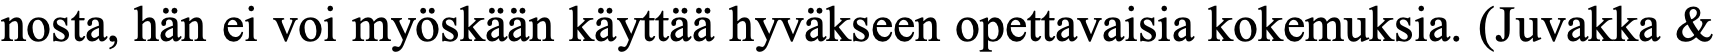
nosta, hän ei voi myöskään käyttää hyväkseen opettavaisia kokemuksia. (Juvakka &